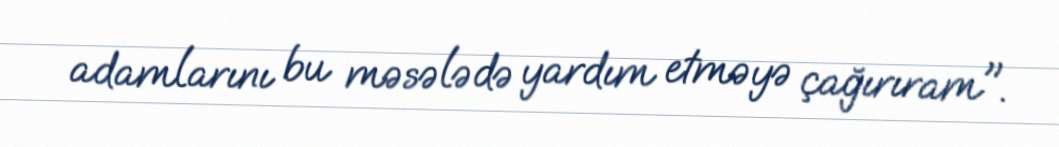
adamlarını bu məsələdə yardım etməyə çağırıram".